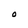
Character: O